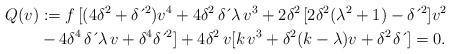
LaTeX: \begin{align*}Q(v) & :=f\,[(4\delta^{2}+\delta \,\acute{}\,^{2})v^{4}+4\delta^{2}\, \delta \,\acute{}\, \lambda \,v^{3}+2\delta^{2\,}[2\delta^{2}(\lambda^{2}+1)-\delta \,\acute{}\,^{2}]v^{2}\\& -4\delta^{4}\, \delta \,\acute{}\, \lambda \,v+\delta^{4}\delta \,\acute{}\,^{2}]+4\delta^{2}\,v[k\,v^{3}+\delta^{2}(k-\lambda)v+\delta^{2\,}\delta \,\acute{}\,]=0.\end{align*}